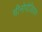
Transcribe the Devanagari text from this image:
चीनोपोडियम